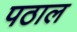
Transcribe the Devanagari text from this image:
पठाल